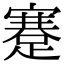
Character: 蹇